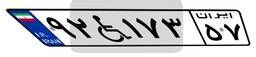
۹۲W۱۷۳۵۷